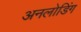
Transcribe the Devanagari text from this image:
अनलोडिंग